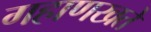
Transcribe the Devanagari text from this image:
गहाणखते